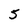
Character: 5